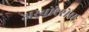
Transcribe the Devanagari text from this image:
अरबोरेसेंस